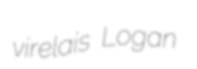
virelais Logan